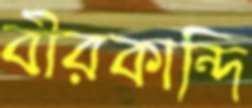
বীরকান্দি